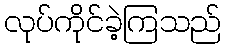
လုပ်ကိုင်ခဲ့ကြသည်